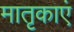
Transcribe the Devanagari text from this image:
मातृकाएं